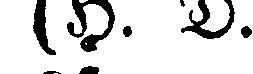
(H. D.)